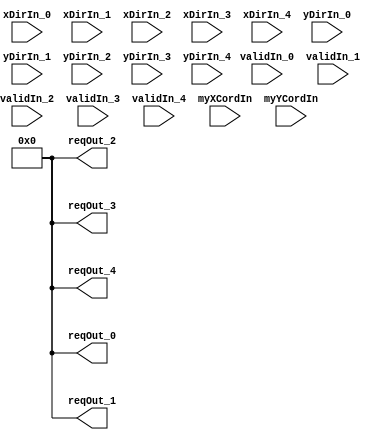
// Generator : SpinalHDL v1.7.3    git head : aeaeece704fe43c766e0d36a93f2ecbb8a9f2003
// Component : meshRouterDorDecoder

`timescale 1ns/1ps

module meshRouterDorDecoder (
  input               validIn_0,
  input               validIn_1,
  input               validIn_2,
  input               validIn_3,
  input               validIn_4,
  input      [1:0]    xDirIn_0,
  input      [1:0]    xDirIn_1,
  input      [1:0]    xDirIn_2,
  input      [1:0]    xDirIn_3,
  input      [1:0]    xDirIn_4,
  input      [1:0]    yDirIn_0,
  input      [1:0]    yDirIn_1,
  input      [1:0]    yDirIn_2,
  input      [1:0]    yDirIn_3,
  input      [1:0]    yDirIn_4,
  input      [1:0]    myXCordIn,
  input      [1:0]    myYCordIn,
  output reg [4:0]    reqOut_0,
  output reg [4:0]    reqOut_1,
  output reg [4:0]    reqOut_2,
  output reg [4:0]    reqOut_3,
  output reg [4:0]    reqOut_4
);

  wire                xeq_0;
  wire                xeq_1;
  wire                xeq_2;
  wire                xeq_3;
  wire                xeq_4;
  wire                yeq_0;
  wire                yeq_1;
  wire                yeq_2;
  wire                yeq_3;
  wire                yeq_4;
  wire                xgt_0;
  wire                xgt_1;
  wire                xgt_2;
  wire                xgt_3;
  wire                xgt_4;
  wire                ygt_0;
  wire                ygt_1;
  wire                ygt_2;
  wire                ygt_3;
  wire                ygt_4;
  wire                xlt_0;
  wire                xlt_1;
  wire                xlt_2;
  wire                xlt_3;
  wire                xlt_4;
  wire                ylt_0;
  wire                ylt_1;
  wire                ylt_2;
  wire                ylt_3;
  wire                ylt_4;
  wire       [4:0]    _zz_validStud_0;
  wire                validStud_0;
  wire                validStud_1;
  wire                validStud_2;
  wire                validStud_3;
  wire                validStud_4;

  assign _zz_validStud_0 = 5'h0;
  assign validStud_0 = (validIn_0 && _zz_validStud_0[0]);
  assign validStud_1 = (validIn_1 && _zz_validStud_0[1]);
  assign validStud_2 = (validIn_2 && _zz_validStud_0[2]);
  assign validStud_3 = (validIn_3 && _zz_validStud_0[3]);
  assign validStud_4 = (validIn_4 && _zz_validStud_0[4]);
  assign xeq_0 = (xDirIn_0 == myXCordIn);
  assign yeq_0 = (yDirIn_0 == myYCordIn);
  assign xgt_0 = (myXCordIn < xDirIn_0);
  assign ygt_0 = (myYCordIn < yDirIn_0);
  assign xlt_0 = ((! xgt_0) && (! xeq_0));
  assign ylt_0 = ((! ygt_0) && (! yeq_0));
  assign xeq_1 = (xDirIn_1 == myXCordIn);
  assign yeq_1 = (yDirIn_1 == myYCordIn);
  assign xgt_1 = (myXCordIn < xDirIn_1);
  assign ygt_1 = (myYCordIn < yDirIn_1);
  assign xlt_1 = ((! xgt_1) && (! xeq_1));
  assign ylt_1 = ((! ygt_1) && (! yeq_1));
  assign xeq_2 = (xDirIn_2 == myXCordIn);
  assign yeq_2 = (yDirIn_2 == myYCordIn);
  assign xgt_2 = (myXCordIn < xDirIn_2);
  assign ygt_2 = (myYCordIn < yDirIn_2);
  assign xlt_2 = ((! xgt_2) && (! xeq_2));
  assign ylt_2 = ((! ygt_2) && (! yeq_2));
  assign xeq_3 = (xDirIn_3 == myXCordIn);
  assign yeq_3 = (yDirIn_3 == myYCordIn);
  assign xgt_3 = (myXCordIn < xDirIn_3);
  assign ygt_3 = (myYCordIn < yDirIn_3);
  assign xlt_3 = ((! xgt_3) && (! xeq_3));
  assign ylt_3 = ((! ygt_3) && (! yeq_3));
  assign xeq_4 = (xDirIn_4 == myXCordIn);
  assign yeq_4 = (yDirIn_4 == myYCordIn);
  assign xgt_4 = (myXCordIn < xDirIn_4);
  assign ygt_4 = (myYCordIn < yDirIn_4);
  assign xlt_4 = ((! xgt_4) && (! xeq_4));
  assign ylt_4 = ((! ygt_4) && (! yeq_4));
  always @(*) begin
    reqOut_1[3] = ((validStud_1 && xeq_1) && ylt_1);
    reqOut_1[4] = ((validStud_1 && xeq_1) && ygt_1);
    reqOut_1[1] = 1'b0;
    reqOut_1[2] = (validStud_1 && xgt_1);
    reqOut_1[0] = ((validStud_1 && xeq_1) && yeq_1);
  end

  always @(*) begin
    reqOut_2[3] = ((validStud_2 && xeq_2) && ylt_2);
    reqOut_2[4] = ((validStud_2 && xeq_2) && ygt_2);
    reqOut_2[1] = (validStud_2 && xlt_2);
    reqOut_2[2] = 1'b0;
    reqOut_2[0] = ((validStud_2 && xeq_2) && yeq_2);
  end

  always @(*) begin
    reqOut_3[1] = 1'b0;
    reqOut_3[2] = 1'b0;
    reqOut_3[3] = 1'b0;
    reqOut_3[4] = ((validStud_3 && xeq_3) && ygt_3);
    reqOut_3[0] = ((validStud_3 && xeq_3) && yeq_3);
  end

  always @(*) begin
    reqOut_4[1] = 1'b0;
    reqOut_4[2] = 1'b0;
    reqOut_4[3] = ((validStud_4 && xeq_4) && ylt_4);
    reqOut_4[4] = 1'b0;
    reqOut_4[0] = ((validStud_4 && xeq_4) && yeq_4);
  end

  always @(*) begin
    reqOut_0[2] = (validStud_0 && xgt_0);
    reqOut_0[1] = (validStud_0 && xlt_0);
    reqOut_0[0] = 1'b0;
    reqOut_0[3] = ((validStud_0 && xeq_0) && ylt_0);
    reqOut_0[4] = ((validStud_0 && xeq_0) && ygt_0);
  end


endmodule